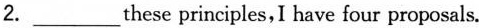
2.___these principles,I have four proposals.